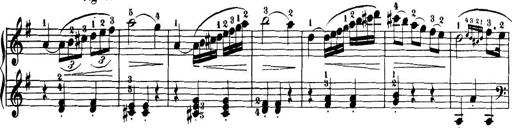
Title: 32 Sonatinas and Rondos for the Piano
Composer: Richard Kleinmichel